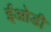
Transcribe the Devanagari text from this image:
ईओडी